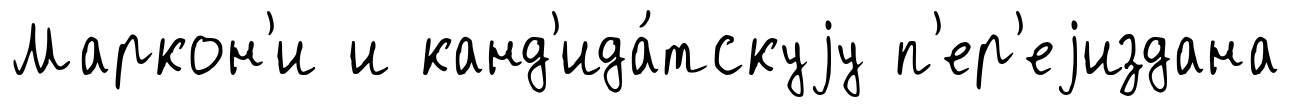
Маркон'и и канд'ида́тскуjу п'ер'еjиздана